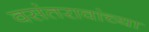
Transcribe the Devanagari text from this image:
वसंतरावांच्‍या